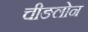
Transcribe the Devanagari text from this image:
चीङलोन